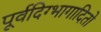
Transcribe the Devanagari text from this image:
पूर्वदिग्भागादितो